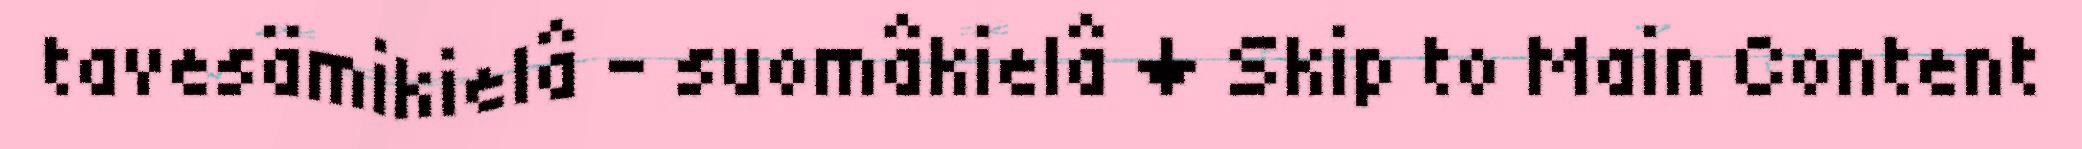
tavesämikielâ - suomâkielâ ↓ Skip to Main Content